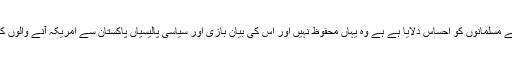
ڈونلڈ ٹرمپ نے امریکہ کے مسلمانوں کو احساس دلایا ہے ہے وہ یہاں محفوظ نہیں اور اُس کی بیان بازی اور سیاسی پالیسیاں پاکستان سے امریکہ آنے والوں کے لیے بھی خطرناک ہیں۔